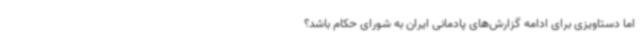
اما دستاویزی برای ادامه گزارش‌های پادمانی ایران به شورای حکام باشد؟